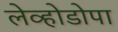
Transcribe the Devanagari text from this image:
लेव्होडोपा